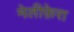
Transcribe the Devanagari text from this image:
मेलीफ़ेरा